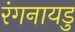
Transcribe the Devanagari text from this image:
रंगनायडु